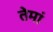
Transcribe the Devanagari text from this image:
तेमां